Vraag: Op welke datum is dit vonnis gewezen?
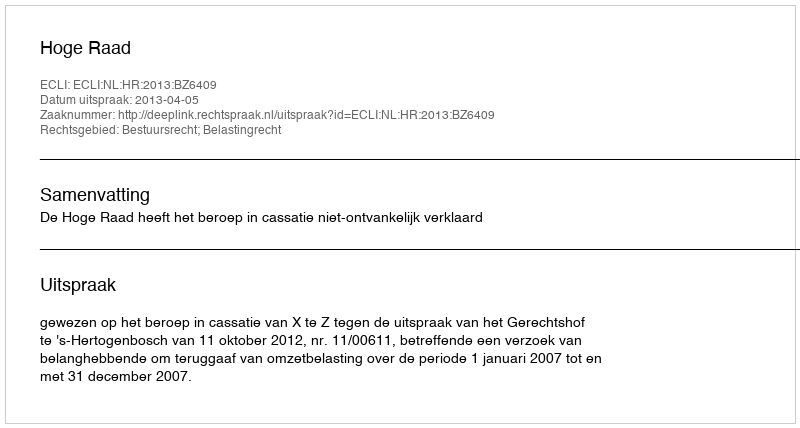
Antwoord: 2013-04-05